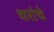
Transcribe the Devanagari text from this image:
थरांचे